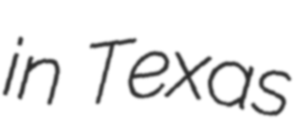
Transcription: in Texas